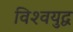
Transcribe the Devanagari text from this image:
विश्‍वयुद्व